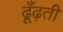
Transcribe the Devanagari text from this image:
ढूँढ़ती